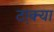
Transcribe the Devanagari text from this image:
टा़क्या